Civil Veterinary Department. Central Provinces & Berar 1932-41 - 1932-1941
Year: 1932
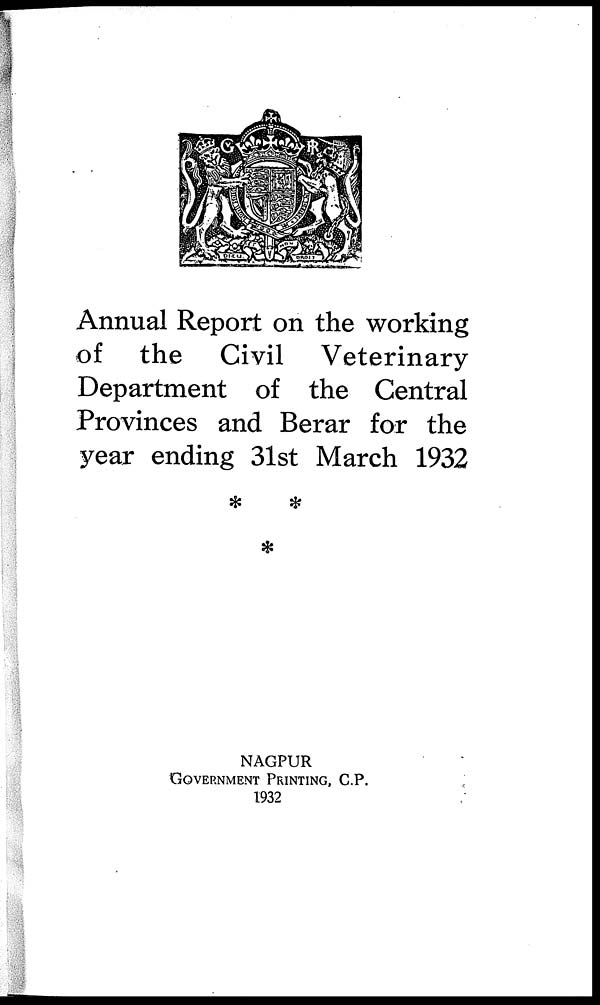
Annual Report on the working
of the Civil Veterinary
Department of the Central
Provinces and Berar for the
year ending 31st March 1932
NAGPUR
GOVERNMENT PRINTING , C.P.
1932